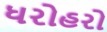
ધરોહરો